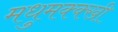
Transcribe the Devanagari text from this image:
मधुमक्क्खी